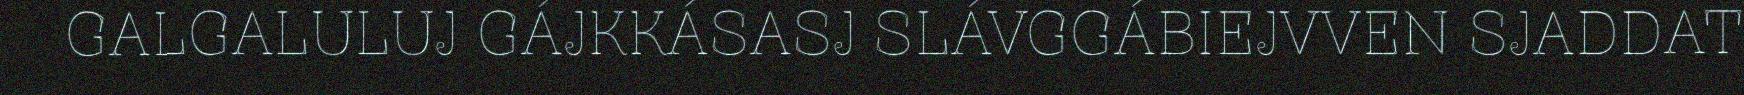
GALGALULUJ GÁJKKÁSASJ SLÁVGGÁBIEJVVEN SJADDAT